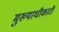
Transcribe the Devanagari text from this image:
मुख्याधीकारी